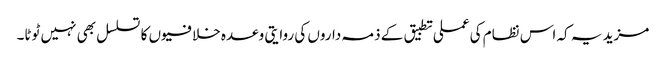
مزید یہ کہ اس نظام کی عملی تطبیق کے ذمہ داروں کی روایتی وعدہ خلافیوں کا تسلسل بھی نہیں ٹوٹا۔